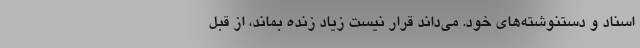
اسناد و دستنوشته‌های خود. می‌داند قرار نیست زیاد زنده بماند، از قبل